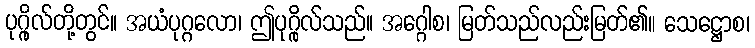
ပုဂ္ဂိုလ်တို့တွင်။ အယံပုဂ္ဂလော၊ ဤပုဂ္ဂိုလ်သည်။ အဂ္ဂေါစ၊ မြတ်သည်လည်းမြတ်၏။ သေဋ္ဌောစ၊